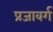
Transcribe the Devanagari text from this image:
प्रजावर्ग